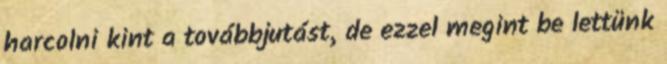
harcolni kint a továbbjutást, de ezzel megint be lettünk